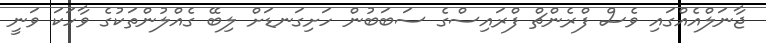
ޖާނަލްއެއްގައި ވެސް ފްރެންޗް ފްރައިސްގެ ސަބަބުން ހަށިގަނޑަށް ލިބޭ ގެއްލުންތަކުގެ ވާހަކަ ވަނީ